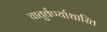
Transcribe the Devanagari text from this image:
चातुर्वर्ण्याधारित